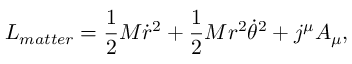
L _ { m a t t e r } = { \frac { 1 } { 2 } } M \dot { r } ^ { 2 } + { \frac { 1 } { 2 } } M r ^ { 2 } { \dot { \theta } } ^ { 2 } + j ^ { \mu } A _ { \mu } ,